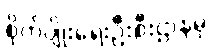
စိုက်ပျိုးရေးဦးစီးဌာနမှ